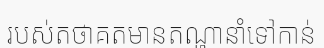
របស់តថាគតមានតណ្ហានាំទៅកាន់